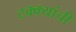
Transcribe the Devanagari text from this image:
टक्क्यांची